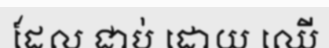
ដែល ជាប់ ដោយ ឈើ